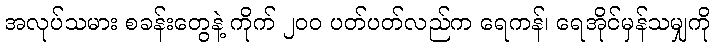
အလုပ်သမား စခန်းတွေနဲ့ ကိုက် ၂၀၀ ပတ်ပတ်လည်က ရေကန်၊ ရေအိုင်မှန်သမျှကို